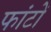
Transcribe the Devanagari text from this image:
फांटों